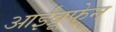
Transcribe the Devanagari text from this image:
आईब्रूफेन